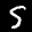
Label: 5